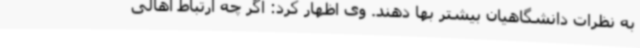
به نظرات دانشگاهیان بیشتر بها دهند. وی اظهار کرد: اگر چه ارتباط اهالی